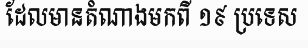
ដែលមានតំណាងមកពី ១៩ ប្រទេស